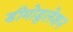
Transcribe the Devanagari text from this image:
डीमोडुलेशन